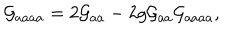
LaTeX: { \cal G } _ { a a a a } = 2 { \cal G } _ { a a } - 2 g { \cal G } _ { a a } { \cal G } _ { a a a a } ,